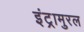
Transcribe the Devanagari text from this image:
इंट्रामुरल